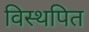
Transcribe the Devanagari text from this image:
विस्थपित